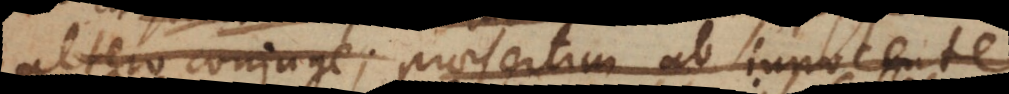
altero conjuge; praesertim ab innocente